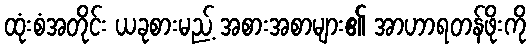
ထုံးစံအတိုင်း ယခုစားမည့် အစားအစာများ၏ အာဟာရတန်ဖိုးကို